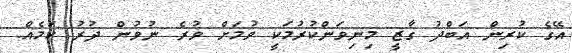
އޭގެ ކުރިން އަބްދު ގާޒީ މިނިވަންކުރުމަކީ ވުމަށް ވުރެ ނުވުން ދުރު ކަމެއް.